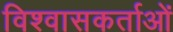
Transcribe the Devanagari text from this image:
विश्वासकर्ताओं